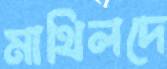
মাথিলদে